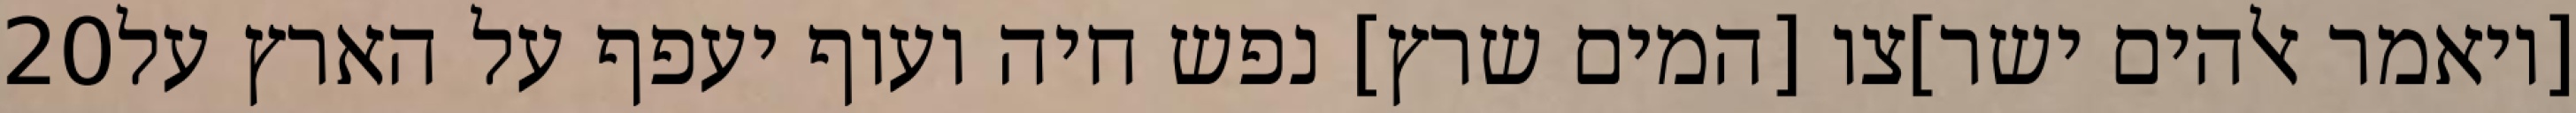
‎20‏ [ויאמר אלהים ישר]צו [המים שרץ] נפש חיה ועוף יעפף על הארץ על